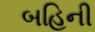
બહિની